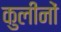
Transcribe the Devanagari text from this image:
कुलीनाें